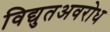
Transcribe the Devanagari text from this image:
विद्युतअवरोध